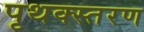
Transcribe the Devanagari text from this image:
पृथक्स्तरण